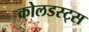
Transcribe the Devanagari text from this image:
कोलडस्ट्स